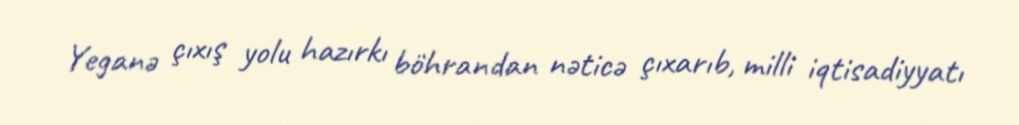
Yeganə çıxış yolu hazırkı böhrandan nəticə çıxarıb, milli iqtisadiyyatı